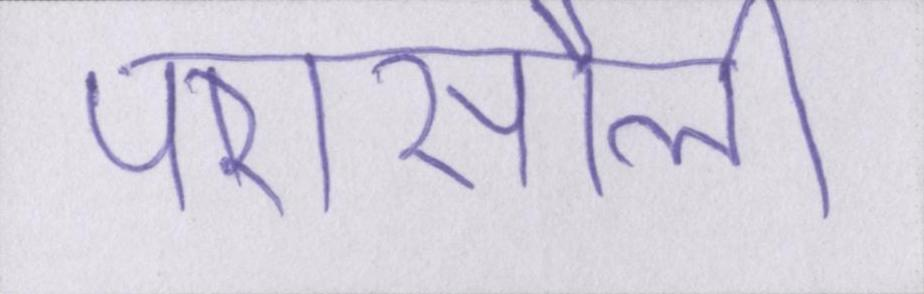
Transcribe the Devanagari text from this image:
परासौली